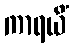
ကာရယိံ